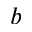
_ b